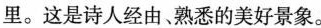
里。这是诗人经由熟悉的美好景象。